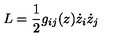
L = { \frac { 1 } { 2 } } g _ { i j } ( z ) \dot { z } _ { i } \dot { z } _ { j }